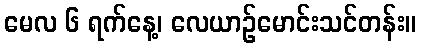
မေလ ၆ ရက်နေ့၊ လေယာဉ်မောင်းသင်တန်း။